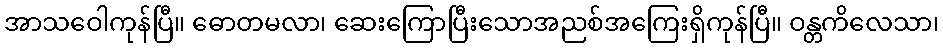
အာသဝေါကုန်ပြီ။ ဓောတမလာ၊ ဆေးကြောပြီးသောအညစ်အကြေးရှိကုန်ပြီ။ ဝန္တကိလေသာ၊